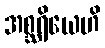
အစ္ဆရိယေဟိ